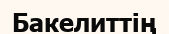
Бакелиттің